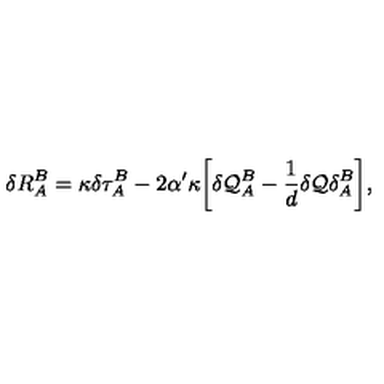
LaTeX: \delta R _ { A } ^ { B } = \kappa \delta \tau _ { A } ^ { B } - 2 \alpha ^ { \prime } \kappa \biggl [ \delta { \cal Q } _ { A } ^ { B } - \frac { 1 } { d } \delta { \cal Q } \delta _ { A } ^ { B } \biggr ] ,